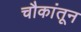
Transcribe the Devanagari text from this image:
चौकांतून